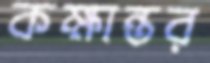
কক্ষান্তর